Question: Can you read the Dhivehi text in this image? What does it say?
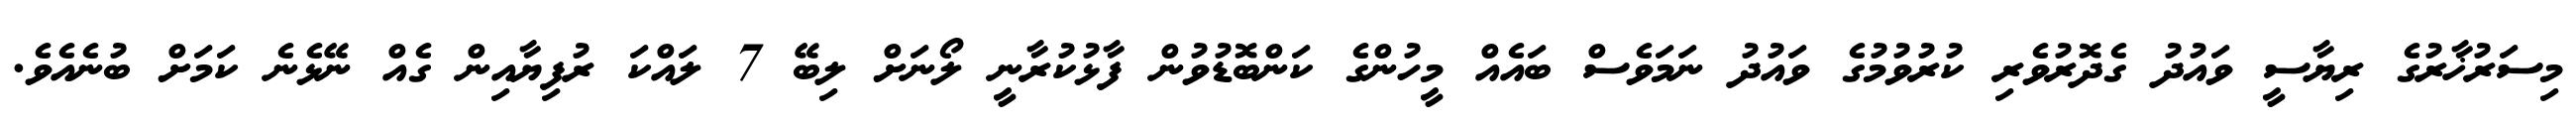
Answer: މިސަރުޚާރުގެ ރިޔާސީ ވައުދު ގެދޮރުވެރި ކުރުވުމުގެ ވައުދު ނަމަވެސް ބައެއް މީހުންގެ ކަންބޮޑުވުން ފާޅުކުރާނީ ލޯނަށް ލިބޭ 7 ލައްކަ ރުފިޔާއިން ގެއް ނޭޅެނެ ކަމަށް ބުނެއެވެ.